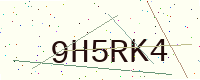
Text: 9H5RK4